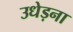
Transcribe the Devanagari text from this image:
उधेड़ना